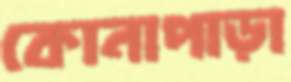
কোনাপাড়া